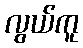
လွယ်ကူ